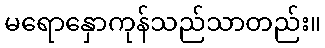
မရောနှောကုန်သည်သာတည်း။